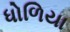
ધોળિયા